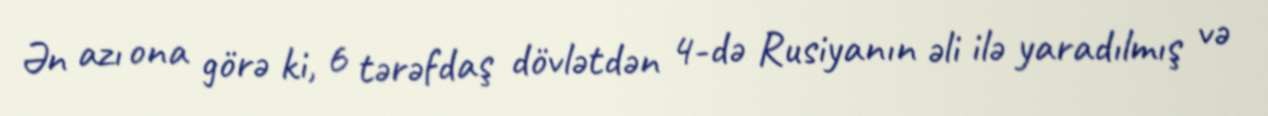
Ən azı ona görə ki, 6 tərəfdaş dövlətdən 4-də Rusiyanın əli ilə yaradılmış və